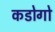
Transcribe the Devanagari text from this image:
कडोगो